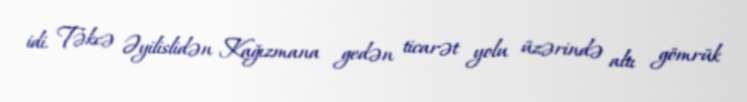
idi. Təkcə Əyilislidən Kağızmana gedən ticarət yolu üzərində altı gömrük